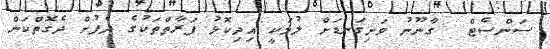
ސަންސެޓް  ގާނޫނު ވަށިގަނޑަށް ލުމަކީ އިދިކޮޅު ފަރާތްތަކުގެ ދެފުށް ދެގޮތްކަން